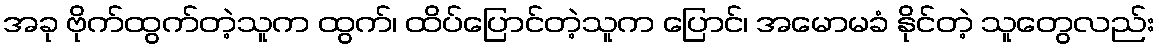
အခု ဗိုက်ထွက်တဲ့သူက ထွက်၊ ထိပ်ပြောင်တဲ့သူက ပြောင်၊ အမောမခံ နိုင်တဲ့ သူတွေလည်း